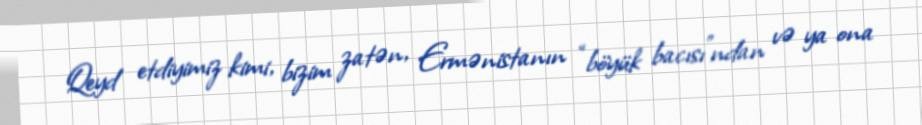
Qeyd etdiyimiz kimi, bizim zatən, Ermənistanın “böyük bacısı”ndan və ya ona